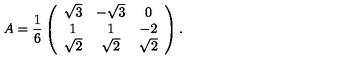
A = \frac { 1 } { 6 } \left( \begin{array} { c c c c } { \sqrt { 3 } } & { - \sqrt { 3 } } & { 0 } \\ { 1 } & { 1 } & { - 2 } \\ { \sqrt { 2 } } & { \sqrt { 2 } } & { \sqrt { 2 } } \\ \end{array} \right) .